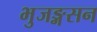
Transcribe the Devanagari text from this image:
भुजङ्गसन